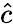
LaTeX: \widehat{c}